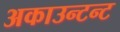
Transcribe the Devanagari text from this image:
अकाउन्टन्ट